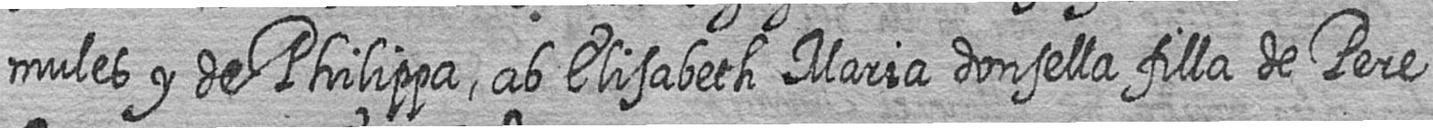
mules y de Philippa ab Elisabeth Maria donsella filla de Pere